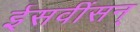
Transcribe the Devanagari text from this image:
ईसवींसन्